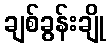
ချစ်ခွန်းချို